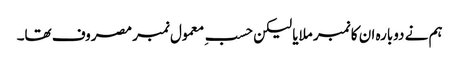
ہم نے دوبارہ ان کا نمبر ملایا لیکن حسبِ معمول نمبر مصروف تھا۔